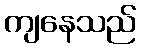
ကျနေသည်